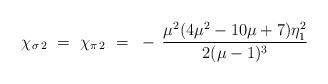
LaTeX: \begin{align*}\chi_{\sigma \, 2} ~=~ \chi_{\pi \, 2} ~=~- \, \frac{\mu^2(4\mu^2-10\mu+7)\eta^2_1}{2(\mu-1)^3}\end{align*}